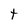
Character: t